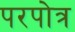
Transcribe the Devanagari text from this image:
परपोत्र